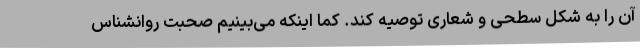
آن را به شکل سطحی و شعاری توصیه کند. کما اینکه می‌بینیم صحبت روانشناس